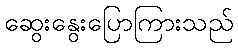
ဆွေးနွေးပြောကြားသည်